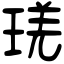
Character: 琷